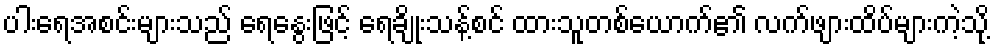
ပါးရေအစင်းများသည် ရေနွေးဖြင့် ရေချိုးသန့်စင် ထားသူတစ်ယောက်၏ လက်ဖျားထိပ်များကဲ့သို့